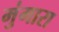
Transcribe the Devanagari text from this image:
मुंगारा